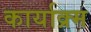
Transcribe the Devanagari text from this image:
कार्याक्र्म